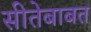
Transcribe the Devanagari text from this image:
सीतेबाबत